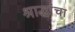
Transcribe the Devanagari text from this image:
श्राद्धांचा